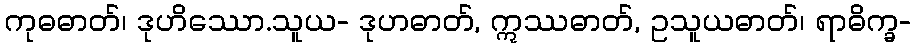
ကုဓဓာတ်၊ ဒုဟိဿော.သူယ- ဒုဟဓာတ်, ဣဿဓာတ်, ဥသူယဓာတ်၊ ရာဓိက္ခ-